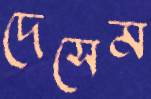
দেসেম